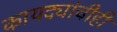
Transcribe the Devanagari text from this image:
कायद्यांचीही